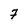
Character: 7